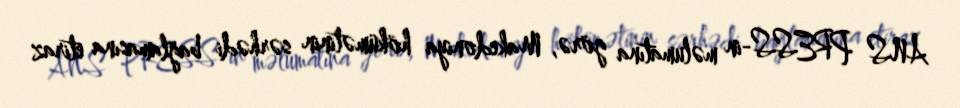
ANS PRESS-in məlumatına görə, Makedoniya hökümətinin sərhədi bağlamasına etiraz